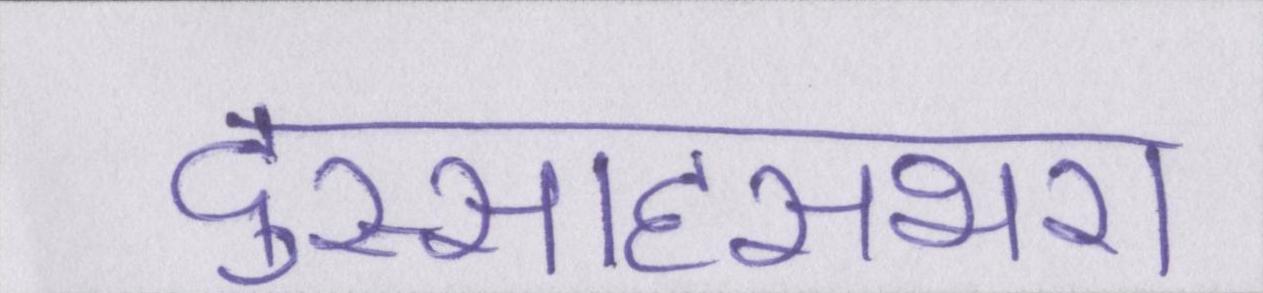
दुस्साहसभरा